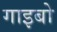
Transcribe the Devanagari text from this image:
गाइबो